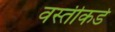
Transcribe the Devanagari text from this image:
वस्तीकडे